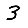
Digit: 3